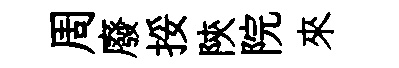
周廢挼陝院來